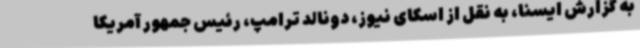
به گزارش ایسنا، به نقل از اسکای نیوز، دونالد ترامپ، رئیس جمهور آمریکا